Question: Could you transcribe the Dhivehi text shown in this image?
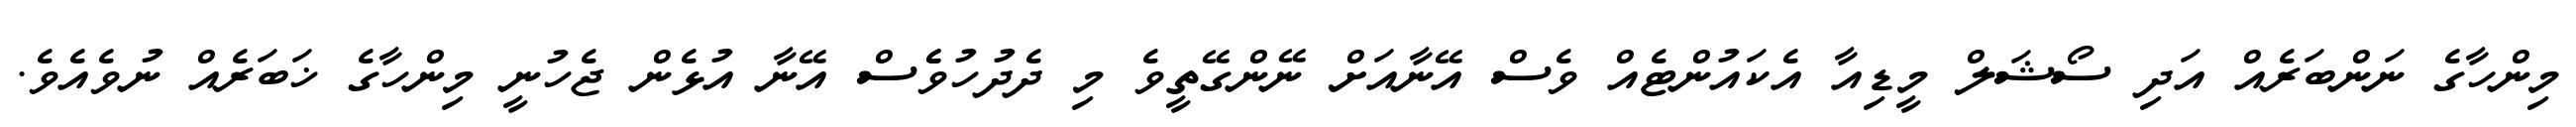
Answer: މިންހާގެ ނަންބަރެއް އަދި ސޯޝަލް މީޑިއާ އެކައުންޓެއް ވެސް އޭނާއަށް ނޭންގޭތީވެ މި ދެދުހުވެެސް އޭނާ އުޅެން ޖެހުނީ މިންހާގެ ޚަބަރެއް ނުވެއެވެ.